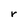
Character: r